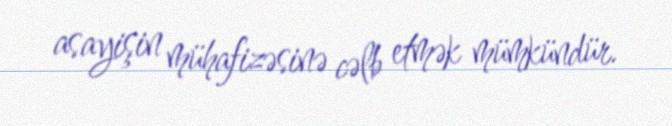
asayişin mühafizəsinə cəlb etmək mümkündür.